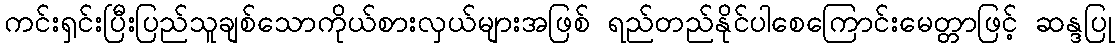
ကင်းရှင်းပြီးပြည်သူချစ်သောကိုယ်စားလှယ်များအဖြစ် ရည်တည်နိုင်ပါစေကြောင်းမေတ္တာဖြင့် ဆန္ဒပြု